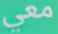
معي